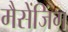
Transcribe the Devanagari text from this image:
मैसेंजिंग